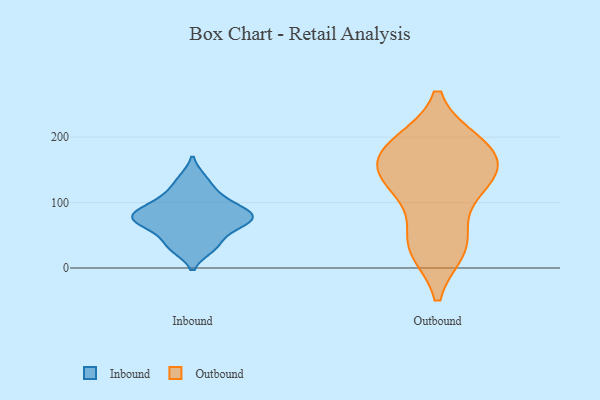
{"axis": {"x": "Humidity (%)", "y": "Value"}, "legend": ["Inbound", "Outbound"], "data": [{"x": "", "y": 74, "type": "Inbound"}, {"x": "", "y": 73, "type": "Inbound"}, {"x": "", "y": 76, "type": "Inbound"}, {"x": "", "y": 100, "type": "Inbound"}, {"x": "", "y": 31, "type": "Inbound"}, {"x": "", "y": 35, "type": "Inbound"}, {"x": "", "y": 58, "type": "Inbound"}, {"x": "", "y": 87, "type": "Inbound"}, {"x": "", "y": 80, "type": "Inbound"}, {"x": "", "y": 136, "type": "Inbound"}, {"x": "", "y": 113, "type": "Inbound"}, {"x": "", "y": 186, "type": "Outbound"}, {"x": "", "y": 189, "type": "Outbound"}, {"x": "", "y": 40, "type": "Outbound"}, {"x": "", "y": 31, "type": "Outbound"}, {"x": "", "y": 148, "type": "Outbound"}, {"x": "", "y": 123, "type": "Outbound"}, {"x": "", "y": 131, "type": "Outbound"}, {"x": "", "y": 132, "type": "Outbound"}, {"x": "", "y": 36, "type": "Outbound"}, {"x": "", "y": 177, "type": "Outbound"}, {"x": "", "y": 176, "type": "Outbound"}]}